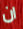
ان